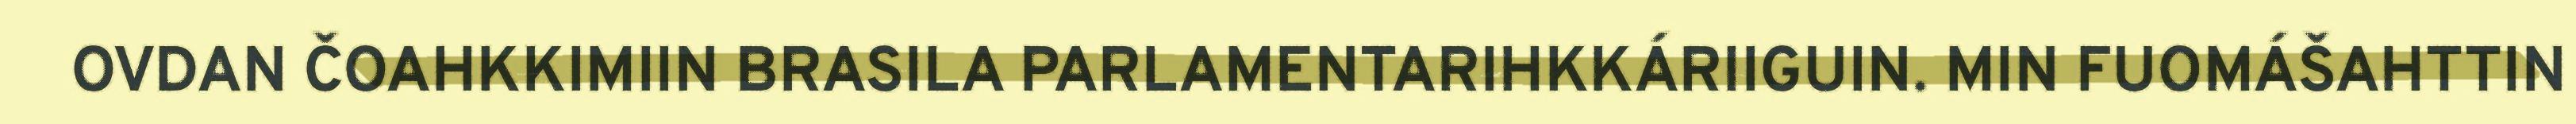
OVDAN ČOAHKKIMIIN BRASILA PARLAMENTARIHKKÁRIIGUIN. MIN FUOMÁŠAHTTIN